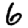
Digit: 6